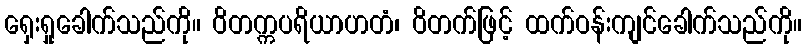
ရှေးရှုခေါက်သည်ကို။ ဝိတက္ကပရိယာဟတံ၊ ဝိတက်ဖြင့် ထက်ဝန်းကျင်ခေါက်သည်ကို။